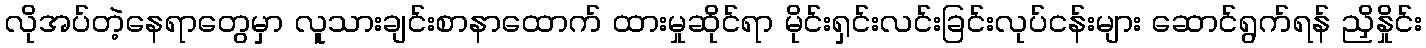
လိုအပ်တဲ့နေရာတွေမှာ လူသားချင်းစာနာထောက် ထားမှုဆိုင်ရာ မိုင်းရှင်းလင်းခြင်းလုပ်ငန်းများ ဆောင်ရွက်ရန် ညှိနှိုင်း